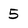
Character: 5